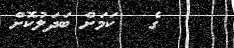
ގެ   ކަމަށް ބަދަލުކޮށް